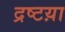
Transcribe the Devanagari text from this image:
द्रष्टय़ा